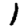
Digit: 1